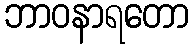
ဘာဝနာရတော